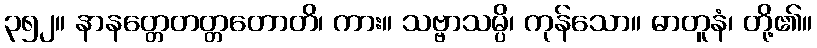
၃၅၂။ နာနတ္တေတတ္တတောတိ၊ ကား။ သဗ္ဗာသမ္ပိ၊ ကုန်သော။ ဓာတူနံ၊ တို့၏။